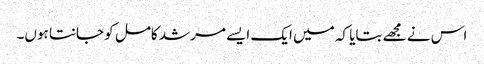
اس نے مجھے بتایا کہ میں ایک ایسے مرشد کامل کو جانتا ہوں۔